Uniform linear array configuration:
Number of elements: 4
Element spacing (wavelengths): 1
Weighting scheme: hamming
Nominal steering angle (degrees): -15
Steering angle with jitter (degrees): -14.207
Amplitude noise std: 0.05
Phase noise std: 0.05

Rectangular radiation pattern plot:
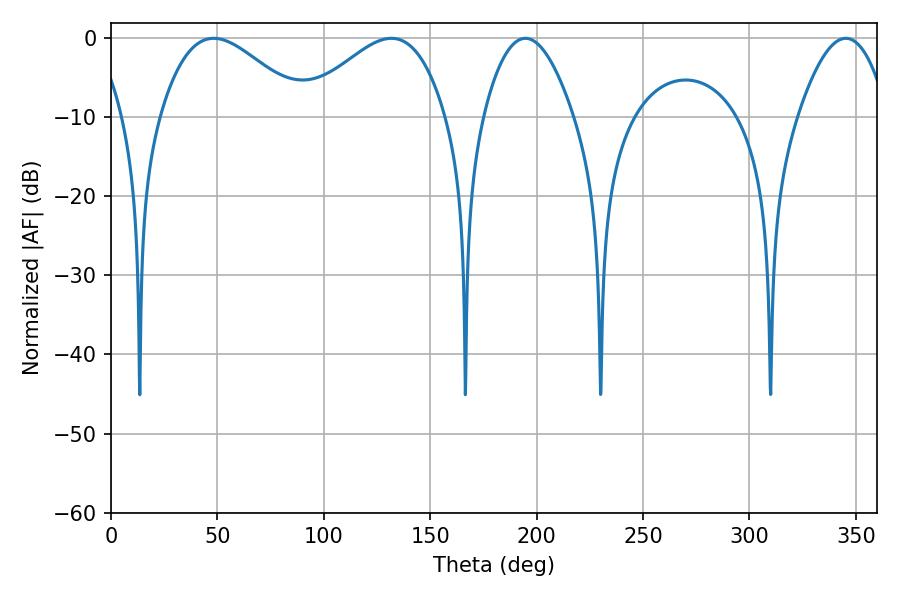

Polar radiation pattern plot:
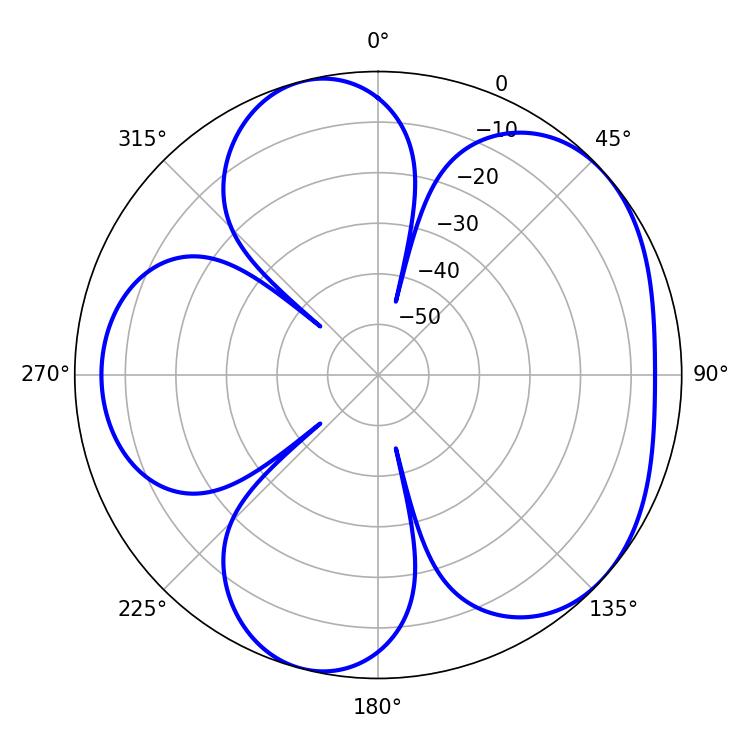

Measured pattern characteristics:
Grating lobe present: TRUE
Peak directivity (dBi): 4.851
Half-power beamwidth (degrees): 36.72
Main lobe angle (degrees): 131.76